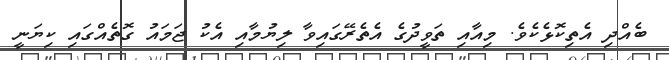
ބެއްދި އެތިކޮޅެކެވެ. މިއާއި ތަވީދުގެ އެތެރޭގައިވާ ލިޔުމާއި އެކު ޖަމައު ގޮތެއްގައި ކިޔަނީ